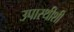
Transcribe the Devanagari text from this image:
उपास्थीशी